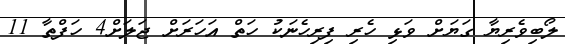
ލޯބިވެރިޔާ ގަޔަށް ވަޅި ހެރި ފިރިހެނަކު ހަތް އަހަަރަށް ޖަލަށް4 ހަފްތާ 11